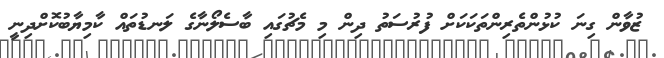
ޒުވާން ގިނަ ކުޅުންތެރިންތަކަކަށް ފުރުސަތު ދިން މި މެޗުގައި ބާސެލޯނާގެ ލަނޑުތައް ކާމިޔާބުކޮށްދިނީ